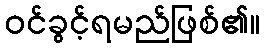
ဝင်ခွင့်ရမည်ဖြစ်၏။